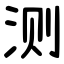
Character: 测